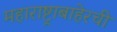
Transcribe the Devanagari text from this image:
महाराष्ट्राबाहेरची